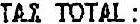
TAX TOTAL: